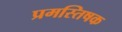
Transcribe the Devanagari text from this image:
प्रमस्तिषक